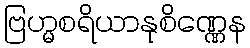
ဗြဟ္မစရိယာနုစိဏ္ဏေန